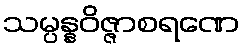
သမ္ပန္နဝိဇ္ဇာစရဏေ